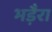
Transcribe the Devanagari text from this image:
भड़ैरा